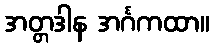
အတ္တဒါန အင်္ဂကထာ။